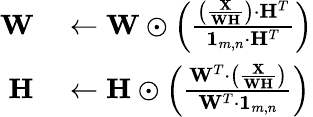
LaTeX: \begin{array}{rl}{\mathbf{W}}&{{}\leftarrow\mathbf{W}\odot\left(\frac{\left(\frac{\mathbf{X}}{\mathbf{W}\mathbf{H}}\right)\cdot\mathbf{H}^{T}}{\mathbf{1}_{m,n}\cdot\mathbf{H}^{T}}\right)}\\ {\mathbf{H}}&{{}\leftarrow\mathbf{H}\odot\left(\frac{\mathbf{W}^{T}\cdot\left(\frac{\mathbf{X}}{\mathbf{W}\mathbf{H}}\right)}{\mathbf{W}^{T}\cdot\mathbf{1}_{m,n}}\right)}\end{array}